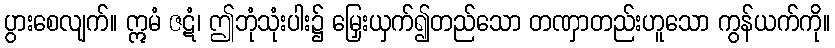
ပွားစေလျက်။ ဣမံ ဇဋံ၊ ဤဘုံသုံးပါး၌ မြှေးယှက်၍တည်သော တဏှာတည်းဟူသော ကွန်ယက်ကို။